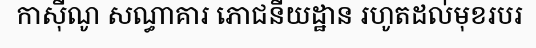
កាស៊ីណូ សណ្ធាគារ ភោជនីយដ្ឋាន រហូតដល់មុខរបរ